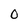
Character: 0